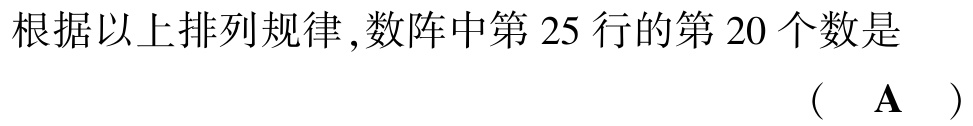
根据以上排列规律 ,数阵中第 25 行的第 20 个数是 （ $\mathbf{A}$ ）